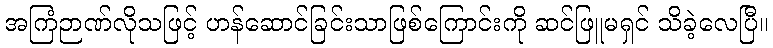
အကြံဉာဏ်လိုသဖြင့် ဟန်ဆောင်ခြင်းသာဖြစ်ကြောင်းကို ဆင်ဖြူမရှင် သိခဲ့လေပြီ။